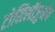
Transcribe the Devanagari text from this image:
टोसिलीज़ुमैब